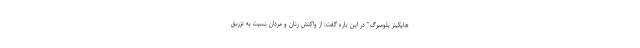
هاپکینز بلومبرگ" در این باره گفت: از واکنش زنان و مردان نسبت به تزریق